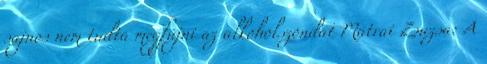
sajnos nem tudta megfújni az alkoholszondát Mátrai Zsuzsa: A